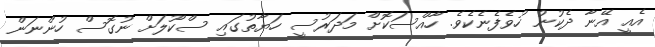
އެއީ އޭނާ ދެކުނު ހުވެފެނެކެވެ. ހާއްސަކޮށް މަދަރުސީ ހަޔާތުގައި ސްކޫލަށް ނުގޮސް ހުންނަން